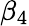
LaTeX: \beta_{4}